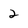
Character: 2